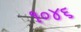
૧૦૪૬